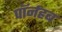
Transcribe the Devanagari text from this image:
पॉर्नहब